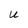
Character: u